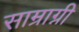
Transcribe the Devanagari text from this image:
साम्राग्नी